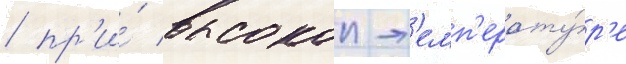
/ пр'и́ высокои т'емп'ерату́р'е